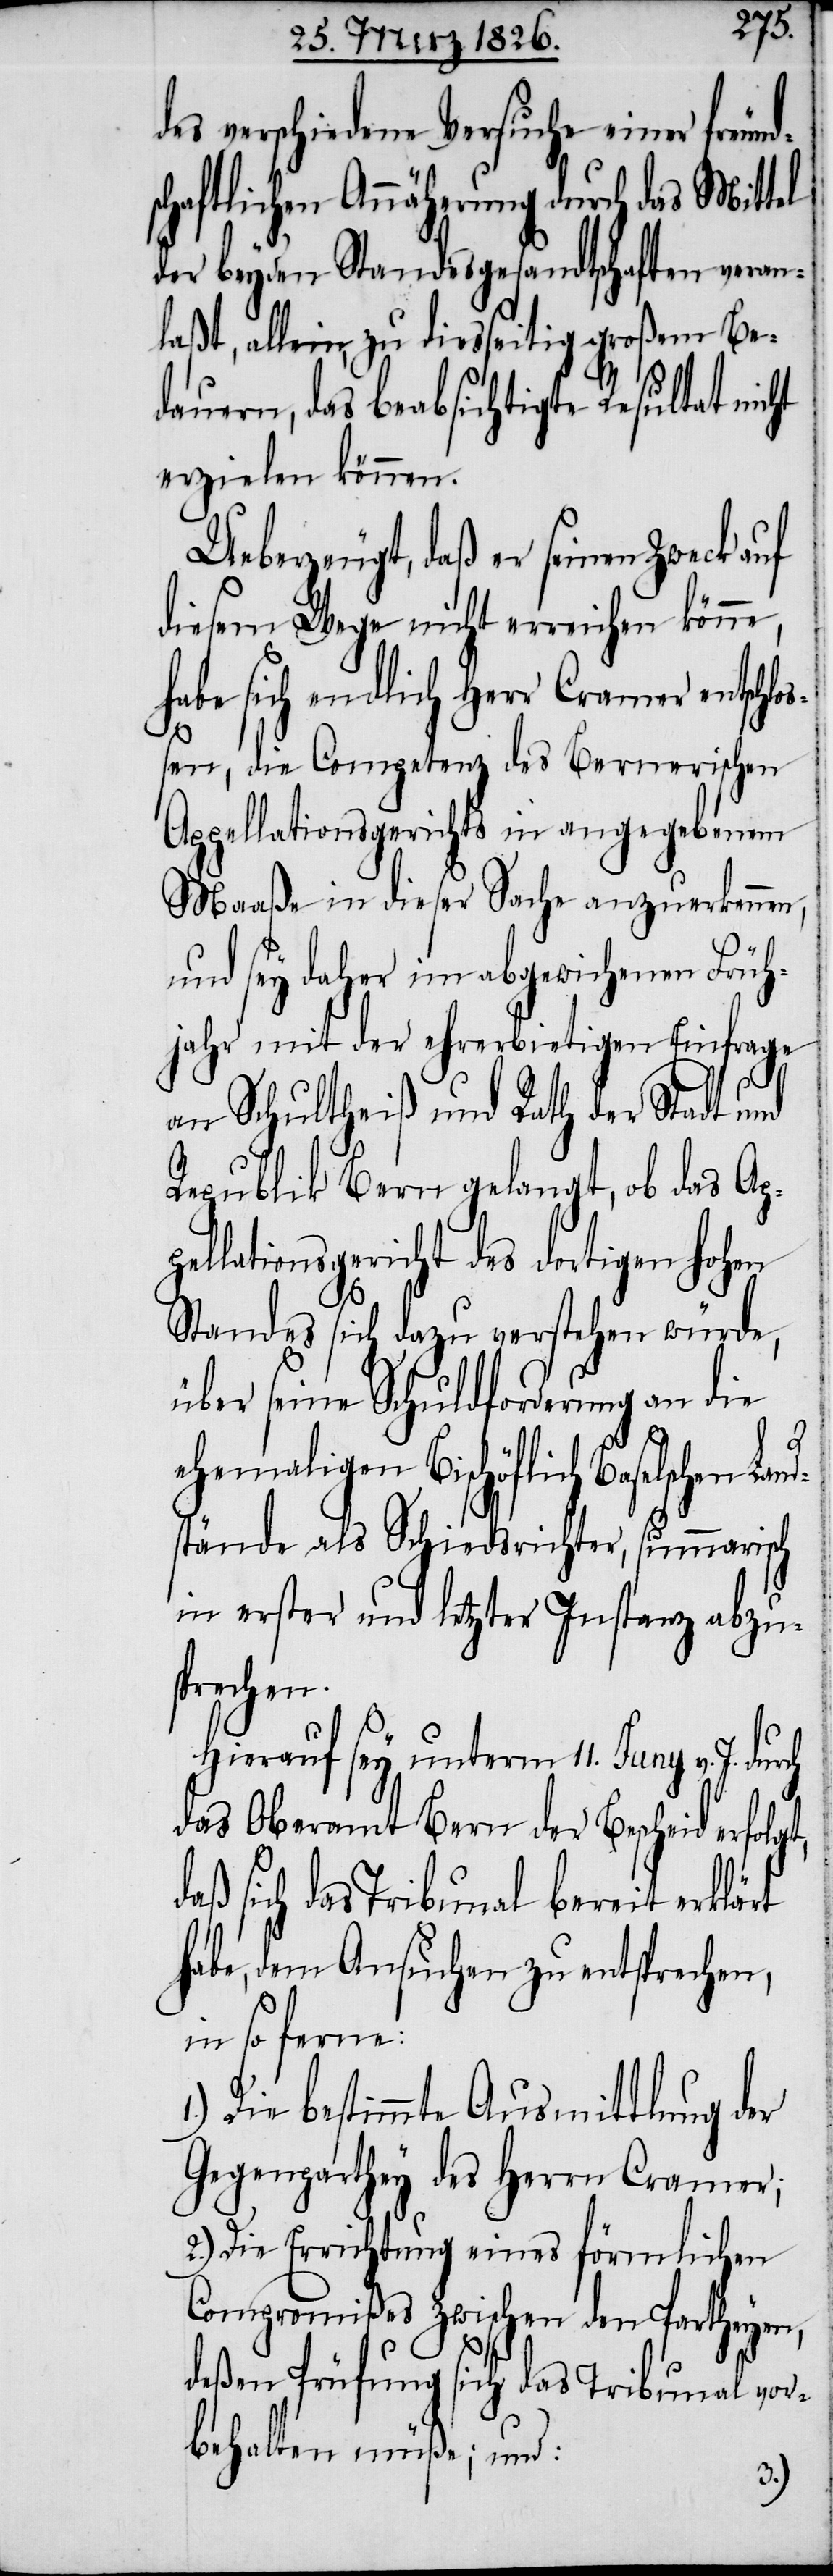
des verschiedene Versuche einer freund¬
chaftlichen Annäherung durch das Mittel
der beyden Standesgesandtschaften veranl¬
aßt, allein, zu diesseitig großem Be¬
dauern, das beabsichtigte Resultat nicht
erzielen können.
Ueberzeugt, daß er seinen Zweck auf
diesem Wege nicht erreichen könne,
habe sich endlich Herr Cramer entschl¬
oßen, die Competenz des Bernerischen
Appellationsgerichts in angegebenem
Maaße in dieser Sache anzuerkennen,
und sey daher im abgewichenen Früh¬
jahr mit der ehrerbietigen Einfrage
pell¬
an Schultheiß und Rath der Stadt und
Republik Bern gelangt, ob das Ap¬
ationsgericht des dortigen hohen
1.)
Standes sich dazu verstehen würde,
über seine Schuldforderung an die
ehemaligen Bischöflich Baselschen Lan¬
stände als Schiedsrichter, summarisch
in erster und letzter Instanz abzu¬
sprechen.
Hierauf sey unterm 11. Juny v. J.
das Oberamt Bern der Bescheid erfolgt,
aß sich das Tribunal bereit erklärt
habe, dem Ansuchen zu entsprechen,
in so ferne:
Die bestimmte Ausmittlung der
Gegenparthey des Herrn Cramer;
2.) Die Errichtung eines förmlichen
Compromißes zwischen den Partheyen,
deßen Prüfung sich das Tribunal vor¬
behalten müße; und: